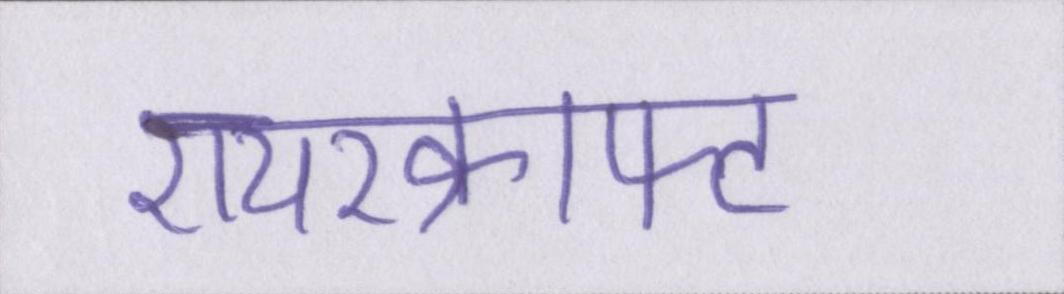
एयरक्राफ्ट